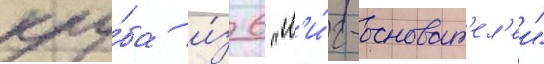
клу́ба и́з 6 "л'и́г-основат'ел'еи"